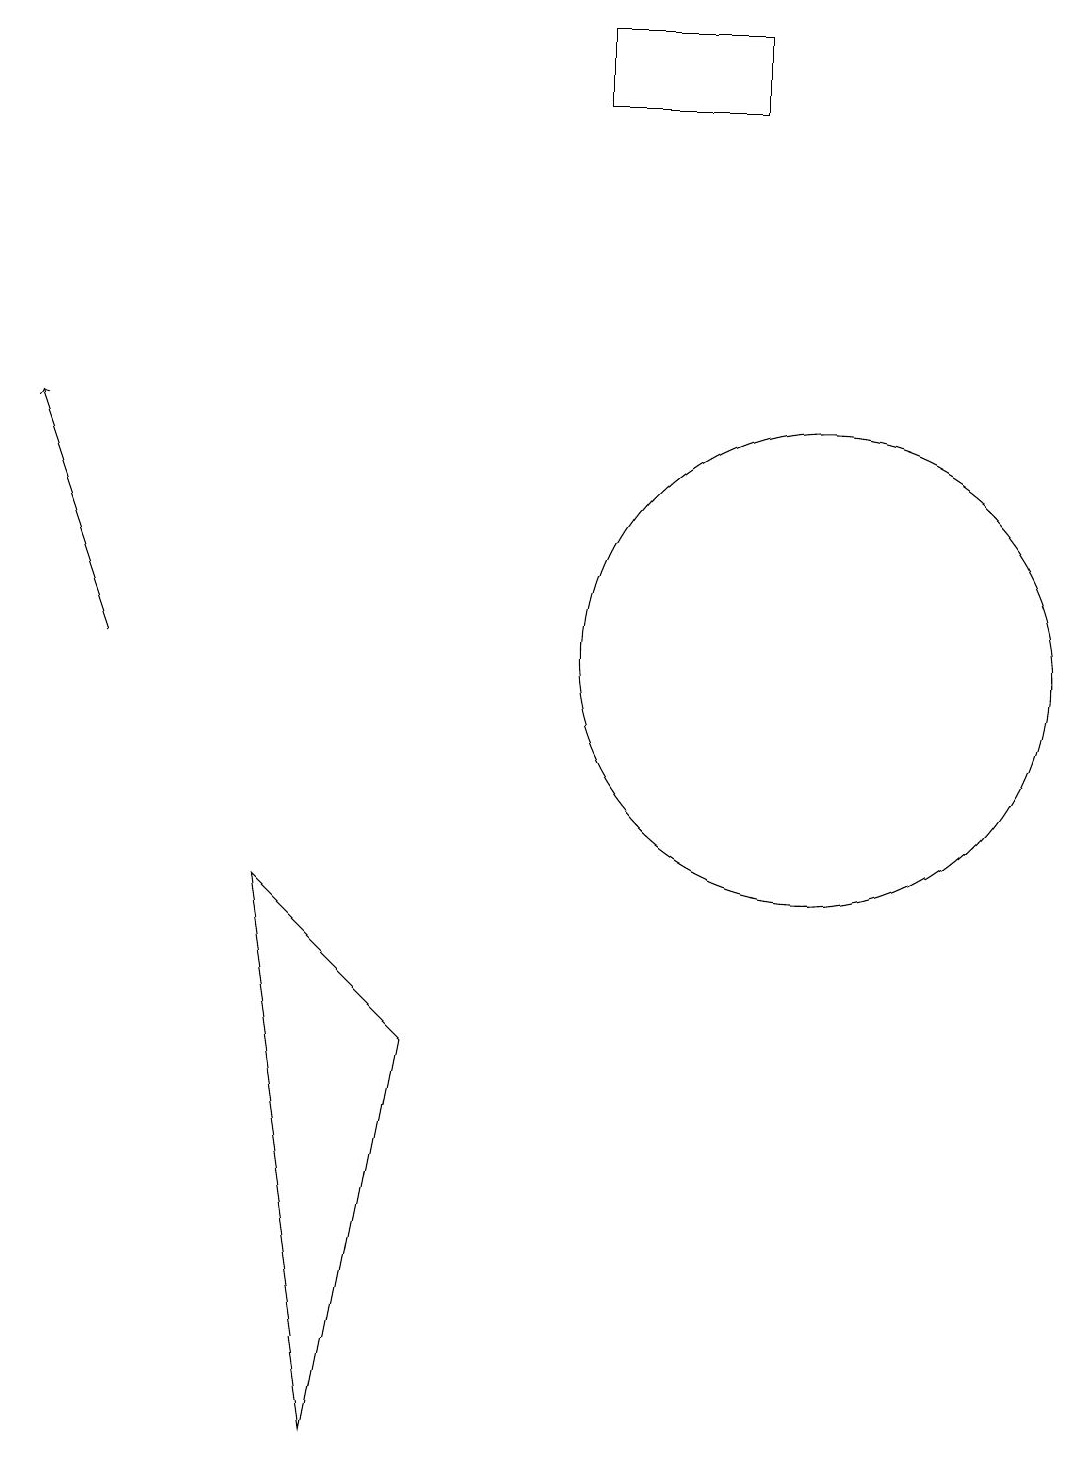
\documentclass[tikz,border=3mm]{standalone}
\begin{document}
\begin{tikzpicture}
\draw[->] (1,10) -- (0,13);
\draw (6,12) rectangle (6,12);
\draw (7,18) rectangle (9,17);
\draw (5,5) -- (4,0) -- (3,7) -- cycle;
\draw (10,10) circle (3);
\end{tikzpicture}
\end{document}